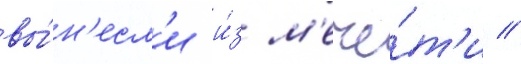
вы́н'есл'и и́з м'ече́т'и //